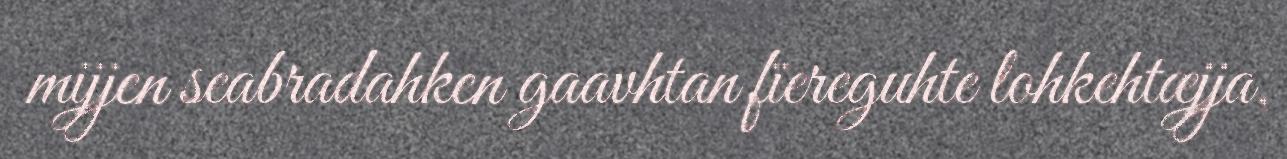
mijjen seabradahken gaavhtan fïereguhte lohkehtæjja,